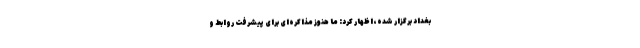
بغداد برگزار شده، اظهار کرد: ما هنوز مذاکره‌ای برای پیشرفت روابط و